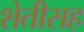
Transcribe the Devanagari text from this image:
शेतीसह